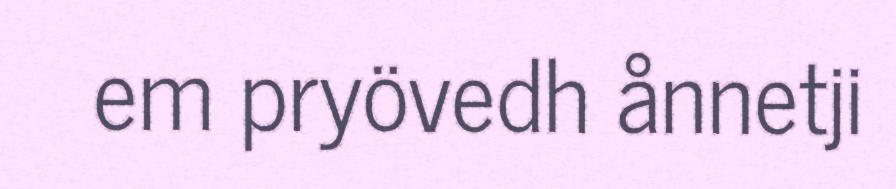
em pryövedh ånnetji